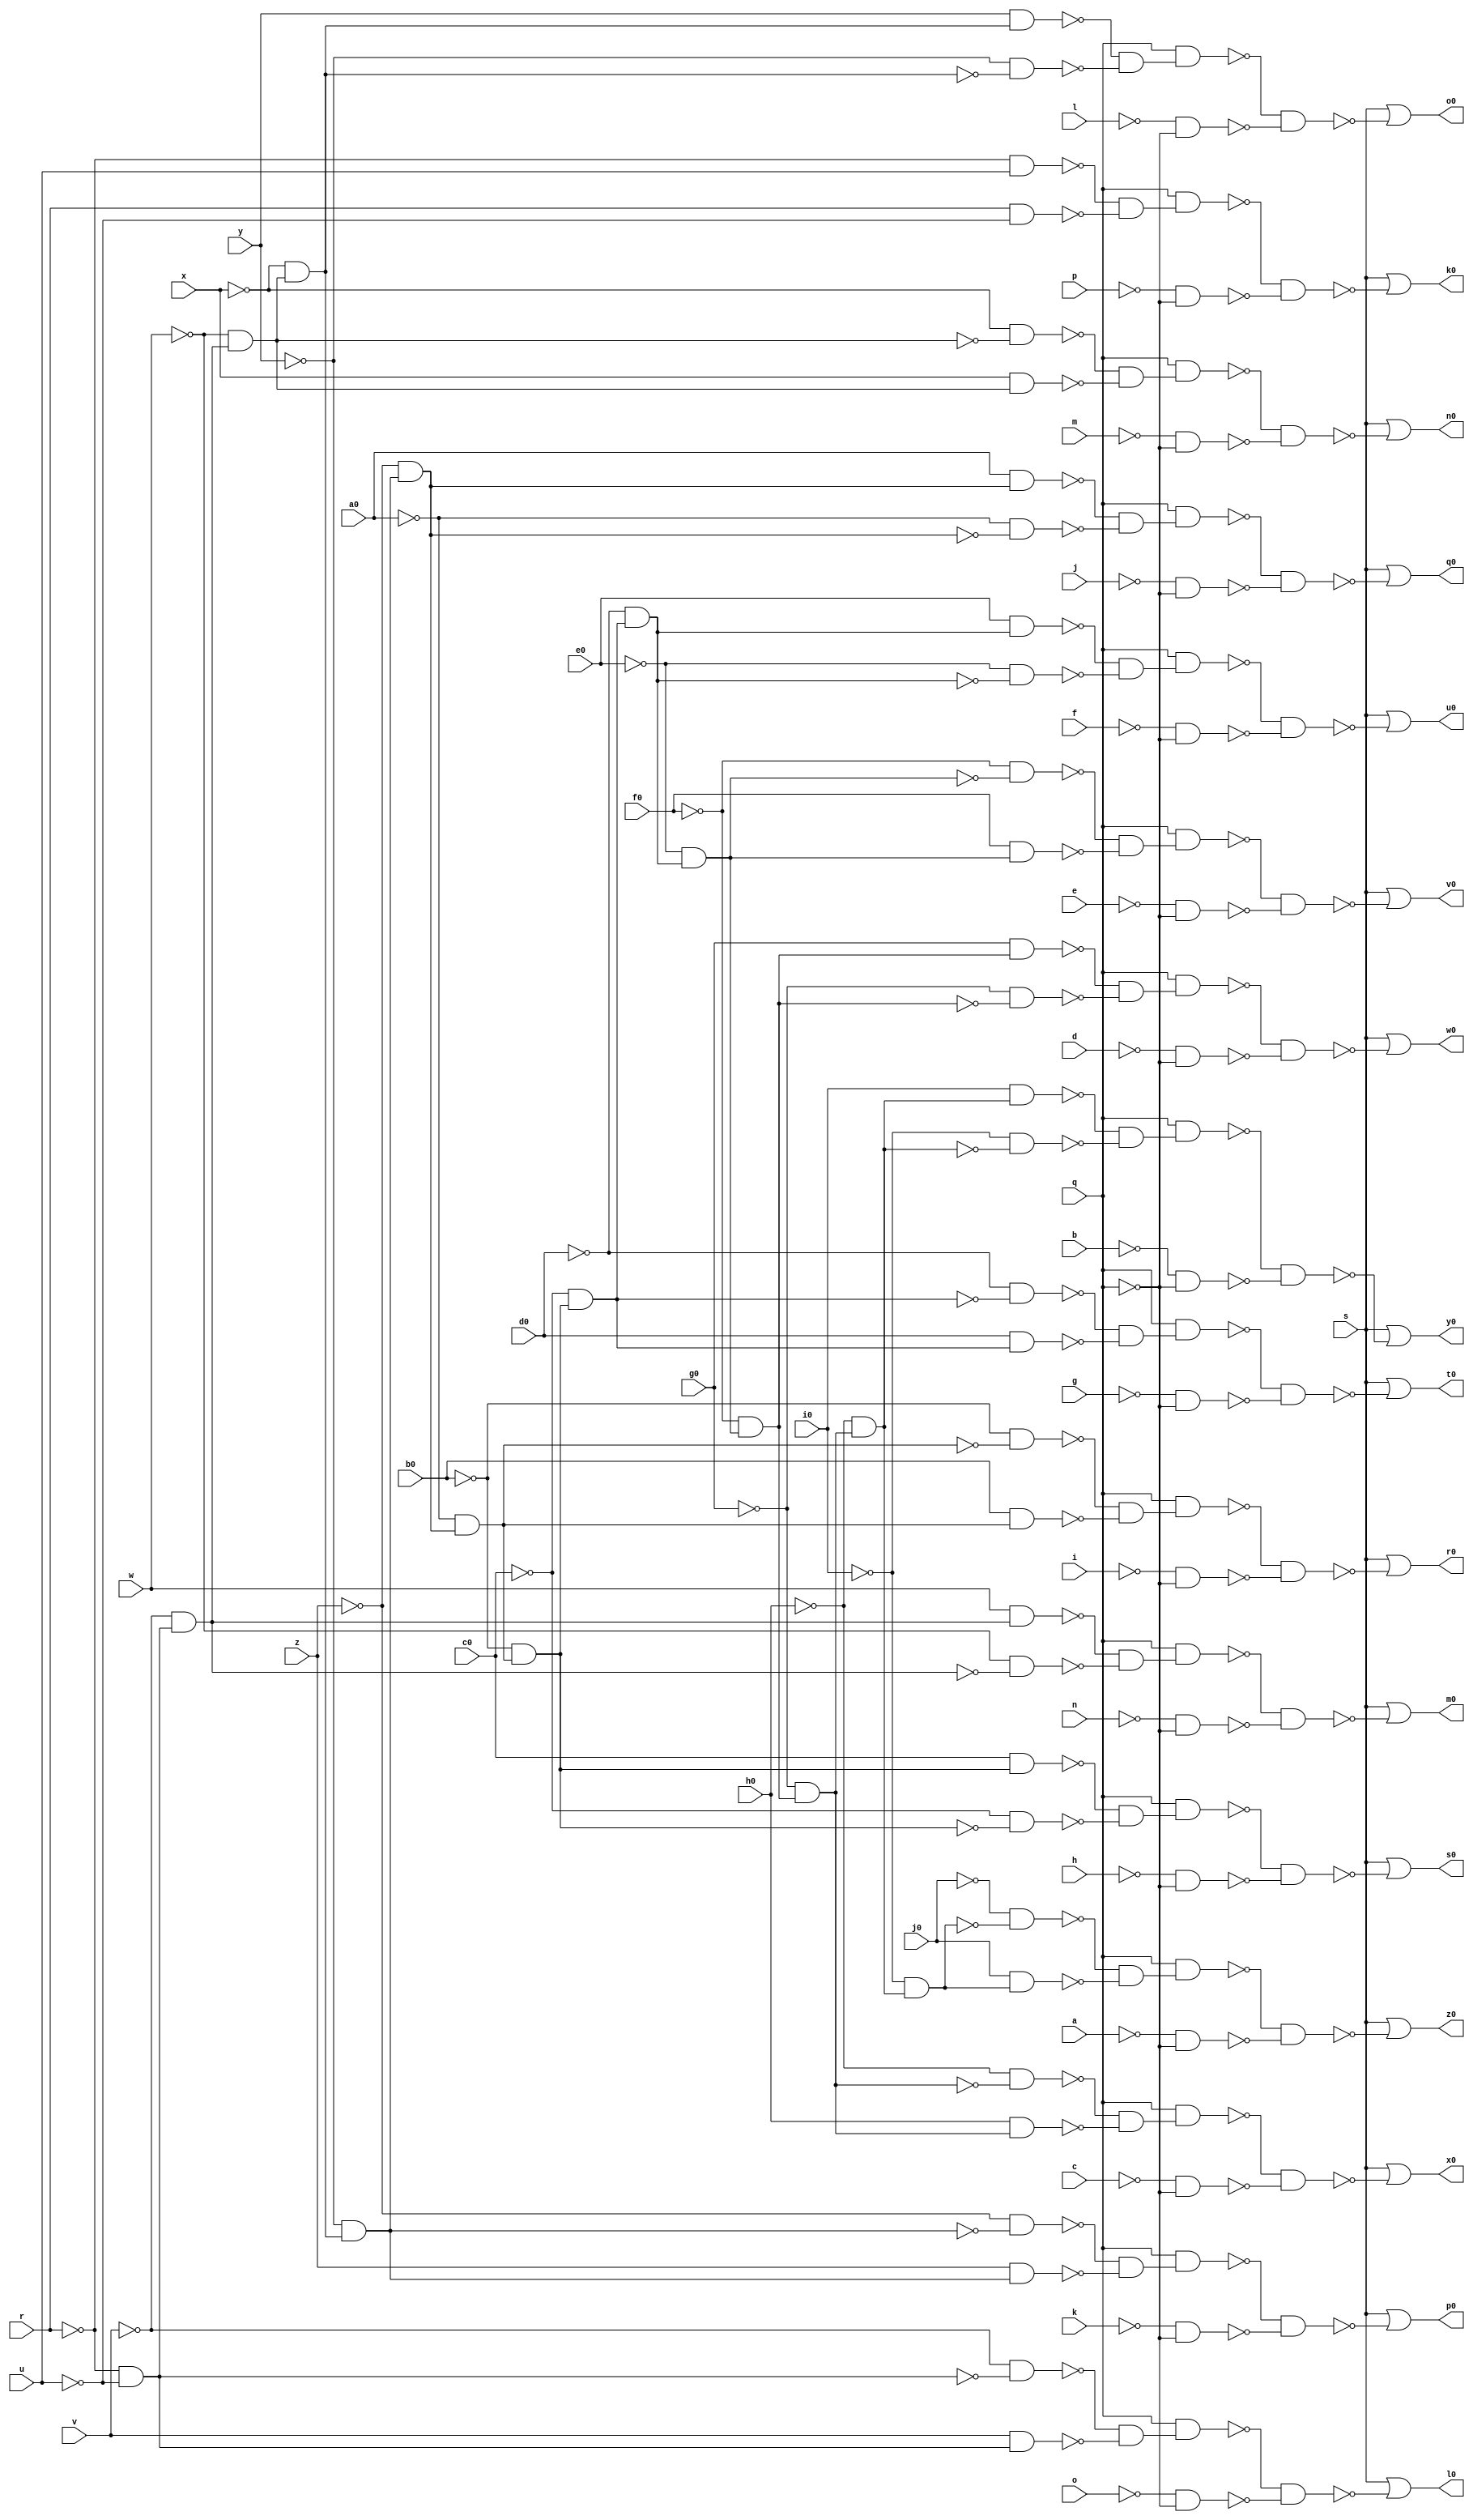
module count ( 
    a, b, c, d, e, f, g, h, i, j, k, l, m, n, o, p, q, r, s, u, v, w, x, y,
    z, a0, b0, c0, d0, e0, f0, g0, h0, i0, j0,
    k0, l0, m0, n0, o0, p0, q0, r0, s0, t0, u0, v0, w0, x0, y0, z0  );
  input  a, b, c, d, e, f, g, h, i, j, k, l, m, n, o, p, q, r, s, u, v,
    w, x, y, z, a0, b0, c0, d0, e0, f0, g0, h0, i0, j0;
  output k0, l0, m0, n0, o0, p0, q0, r0, s0, t0, u0, v0, w0, x0, y0, z0;
  wire new_n52_, new_n53_, new_n54_, new_n55_, new_n56_, new_n57_, new_n59_,
    new_n60_, new_n61_, new_n62_, new_n63_, new_n64_, new_n65_, new_n67_,
    new_n68_, new_n69_, new_n70_, new_n71_, new_n72_, new_n73_, new_n75_,
    new_n76_, new_n77_, new_n78_, new_n79_, new_n80_, new_n81_, new_n83_,
    new_n84_, new_n85_, new_n86_, new_n87_, new_n88_, new_n89_, new_n91_,
    new_n92_, new_n93_, new_n94_, new_n95_, new_n96_, new_n97_, new_n99_,
    new_n100_, new_n101_, new_n102_, new_n103_, new_n104_, new_n105_,
    new_n107_, new_n108_, new_n109_, new_n110_, new_n111_, new_n112_,
    new_n113_, new_n115_, new_n116_, new_n117_, new_n118_, new_n119_,
    new_n120_, new_n121_, new_n123_, new_n124_, new_n125_, new_n126_,
    new_n127_, new_n128_, new_n129_, new_n131_, new_n132_, new_n133_,
    new_n134_, new_n135_, new_n136_, new_n137_, new_n139_, new_n140_,
    new_n141_, new_n142_, new_n143_, new_n144_, new_n145_, new_n147_,
    new_n148_, new_n149_, new_n150_, new_n151_, new_n152_, new_n153_,
    new_n155_, new_n156_, new_n157_, new_n158_, new_n159_, new_n160_,
    new_n161_, new_n163_, new_n164_, new_n165_, new_n166_, new_n167_,
    new_n168_, new_n169_, new_n171_, new_n172_, new_n173_, new_n174_,
    new_n175_, new_n176_, new_n177_;
  assign new_n52_ = ~r & u;
  assign new_n53_ = r & ~u;
  assign new_n54_ = ~new_n52_ & ~new_n53_;
  assign new_n55_ = q & new_n54_;
  assign new_n56_ = ~p & ~q;
  assign new_n57_ = ~new_n55_ & ~new_n56_;
  assign k0 = s | ~new_n57_;
  assign new_n59_ = ~r & ~u;
  assign new_n60_ = ~v & ~new_n59_;
  assign new_n61_ = v & new_n59_;
  assign new_n62_ = ~new_n60_ & ~new_n61_;
  assign new_n63_ = q & new_n62_;
  assign new_n64_ = ~o & ~q;
  assign new_n65_ = ~new_n63_ & ~new_n64_;
  assign l0 = s | ~new_n65_;
  assign new_n67_ = ~v & new_n59_;
  assign new_n68_ = w & new_n67_;
  assign new_n69_ = ~w & ~new_n67_;
  assign new_n70_ = ~new_n68_ & ~new_n69_;
  assign new_n71_ = q & new_n70_;
  assign new_n72_ = ~n & ~q;
  assign new_n73_ = ~new_n71_ & ~new_n72_;
  assign m0 = s | ~new_n73_;
  assign new_n75_ = ~w & new_n67_;
  assign new_n76_ = ~x & ~new_n75_;
  assign new_n77_ = x & new_n75_;
  assign new_n78_ = ~new_n76_ & ~new_n77_;
  assign new_n79_ = q & new_n78_;
  assign new_n80_ = ~m & ~q;
  assign new_n81_ = ~new_n79_ & ~new_n80_;
  assign n0 = s | ~new_n81_;
  assign new_n83_ = ~x & new_n75_;
  assign new_n84_ = y & new_n83_;
  assign new_n85_ = ~y & ~new_n83_;
  assign new_n86_ = ~new_n84_ & ~new_n85_;
  assign new_n87_ = q & new_n86_;
  assign new_n88_ = ~l & ~q;
  assign new_n89_ = ~new_n87_ & ~new_n88_;
  assign o0 = s | ~new_n89_;
  assign new_n91_ = ~y & new_n83_;
  assign new_n92_ = ~z & ~new_n91_;
  assign new_n93_ = z & new_n91_;
  assign new_n94_ = ~new_n92_ & ~new_n93_;
  assign new_n95_ = q & new_n94_;
  assign new_n96_ = ~k & ~q;
  assign new_n97_ = ~new_n95_ & ~new_n96_;
  assign p0 = s | ~new_n97_;
  assign new_n99_ = ~z & new_n91_;
  assign new_n100_ = a0 & new_n99_;
  assign new_n101_ = ~a0 & ~new_n99_;
  assign new_n102_ = ~new_n100_ & ~new_n101_;
  assign new_n103_ = q & new_n102_;
  assign new_n104_ = ~j & ~q;
  assign new_n105_ = ~new_n103_ & ~new_n104_;
  assign q0 = s | ~new_n105_;
  assign new_n107_ = ~a0 & new_n99_;
  assign new_n108_ = ~b0 & ~new_n107_;
  assign new_n109_ = b0 & new_n107_;
  assign new_n110_ = ~new_n108_ & ~new_n109_;
  assign new_n111_ = q & new_n110_;
  assign new_n112_ = ~i & ~q;
  assign new_n113_ = ~new_n111_ & ~new_n112_;
  assign r0 = s | ~new_n113_;
  assign new_n115_ = ~b0 & new_n107_;
  assign new_n116_ = c0 & new_n115_;
  assign new_n117_ = ~c0 & ~new_n115_;
  assign new_n118_ = ~new_n116_ & ~new_n117_;
  assign new_n119_ = q & new_n118_;
  assign new_n120_ = ~h & ~q;
  assign new_n121_ = ~new_n119_ & ~new_n120_;
  assign s0 = s | ~new_n121_;
  assign new_n123_ = ~c0 & new_n115_;
  assign new_n124_ = ~d0 & ~new_n123_;
  assign new_n125_ = d0 & new_n123_;
  assign new_n126_ = ~new_n124_ & ~new_n125_;
  assign new_n127_ = q & new_n126_;
  assign new_n128_ = ~g & ~q;
  assign new_n129_ = ~new_n127_ & ~new_n128_;
  assign t0 = s | ~new_n129_;
  assign new_n131_ = ~d0 & new_n123_;
  assign new_n132_ = e0 & new_n131_;
  assign new_n133_ = ~e0 & ~new_n131_;
  assign new_n134_ = ~new_n132_ & ~new_n133_;
  assign new_n135_ = q & new_n134_;
  assign new_n136_ = ~f & ~q;
  assign new_n137_ = ~new_n135_ & ~new_n136_;
  assign u0 = s | ~new_n137_;
  assign new_n139_ = ~e0 & new_n131_;
  assign new_n140_ = ~f0 & ~new_n139_;
  assign new_n141_ = f0 & new_n139_;
  assign new_n142_ = ~new_n140_ & ~new_n141_;
  assign new_n143_ = q & new_n142_;
  assign new_n144_ = ~e & ~q;
  assign new_n145_ = ~new_n143_ & ~new_n144_;
  assign v0 = s | ~new_n145_;
  assign new_n147_ = ~f0 & new_n139_;
  assign new_n148_ = g0 & new_n147_;
  assign new_n149_ = ~g0 & ~new_n147_;
  assign new_n150_ = ~new_n148_ & ~new_n149_;
  assign new_n151_ = q & new_n150_;
  assign new_n152_ = ~d & ~q;
  assign new_n153_ = ~new_n151_ & ~new_n152_;
  assign w0 = s | ~new_n153_;
  assign new_n155_ = ~g0 & new_n147_;
  assign new_n156_ = ~h0 & ~new_n155_;
  assign new_n157_ = h0 & new_n155_;
  assign new_n158_ = ~new_n156_ & ~new_n157_;
  assign new_n159_ = q & new_n158_;
  assign new_n160_ = ~c & ~q;
  assign new_n161_ = ~new_n159_ & ~new_n160_;
  assign x0 = s | ~new_n161_;
  assign new_n163_ = ~h0 & new_n155_;
  assign new_n164_ = i0 & new_n163_;
  assign new_n165_ = ~i0 & ~new_n163_;
  assign new_n166_ = ~new_n164_ & ~new_n165_;
  assign new_n167_ = q & new_n166_;
  assign new_n168_ = ~b & ~q;
  assign new_n169_ = ~new_n167_ & ~new_n168_;
  assign y0 = s | ~new_n169_;
  assign new_n171_ = ~i0 & new_n163_;
  assign new_n172_ = ~j0 & ~new_n171_;
  assign new_n173_ = j0 & new_n171_;
  assign new_n174_ = ~new_n172_ & ~new_n173_;
  assign new_n175_ = q & new_n174_;
  assign new_n176_ = ~a & ~q;
  assign new_n177_ = ~new_n175_ & ~new_n176_;
  assign z0 = s | ~new_n177_;
endmodule